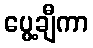
ပွေ့ချီကာ